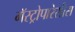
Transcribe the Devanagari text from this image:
गॅस्ट्रोपारेसीस